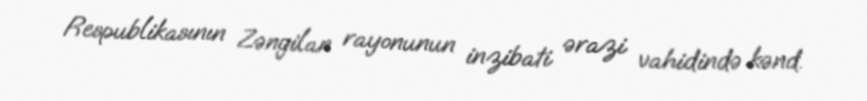
Respublikasının Zəngilan rayonunun inzibati ərazi vahidində kənd.